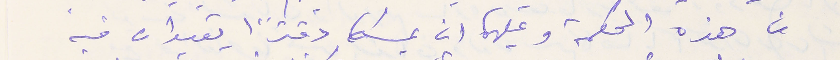
من هذه المحكمة وعليهما ان يمسكا دفترًا يقيدان فيه